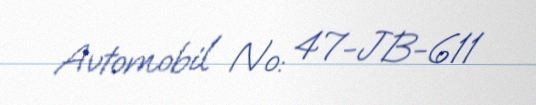
Avtomobil №: 47-JB-611